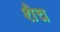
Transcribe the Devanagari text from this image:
शैच